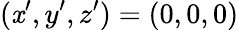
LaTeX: (\mathit{x}^{\prime},y^{\prime},z^{\prime})=(0,0,0)